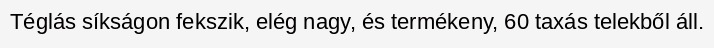
Téglás síkságon fekszik, elég nagy, és termékeny, 60 taxás telekből áll.